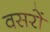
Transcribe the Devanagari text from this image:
वसरों